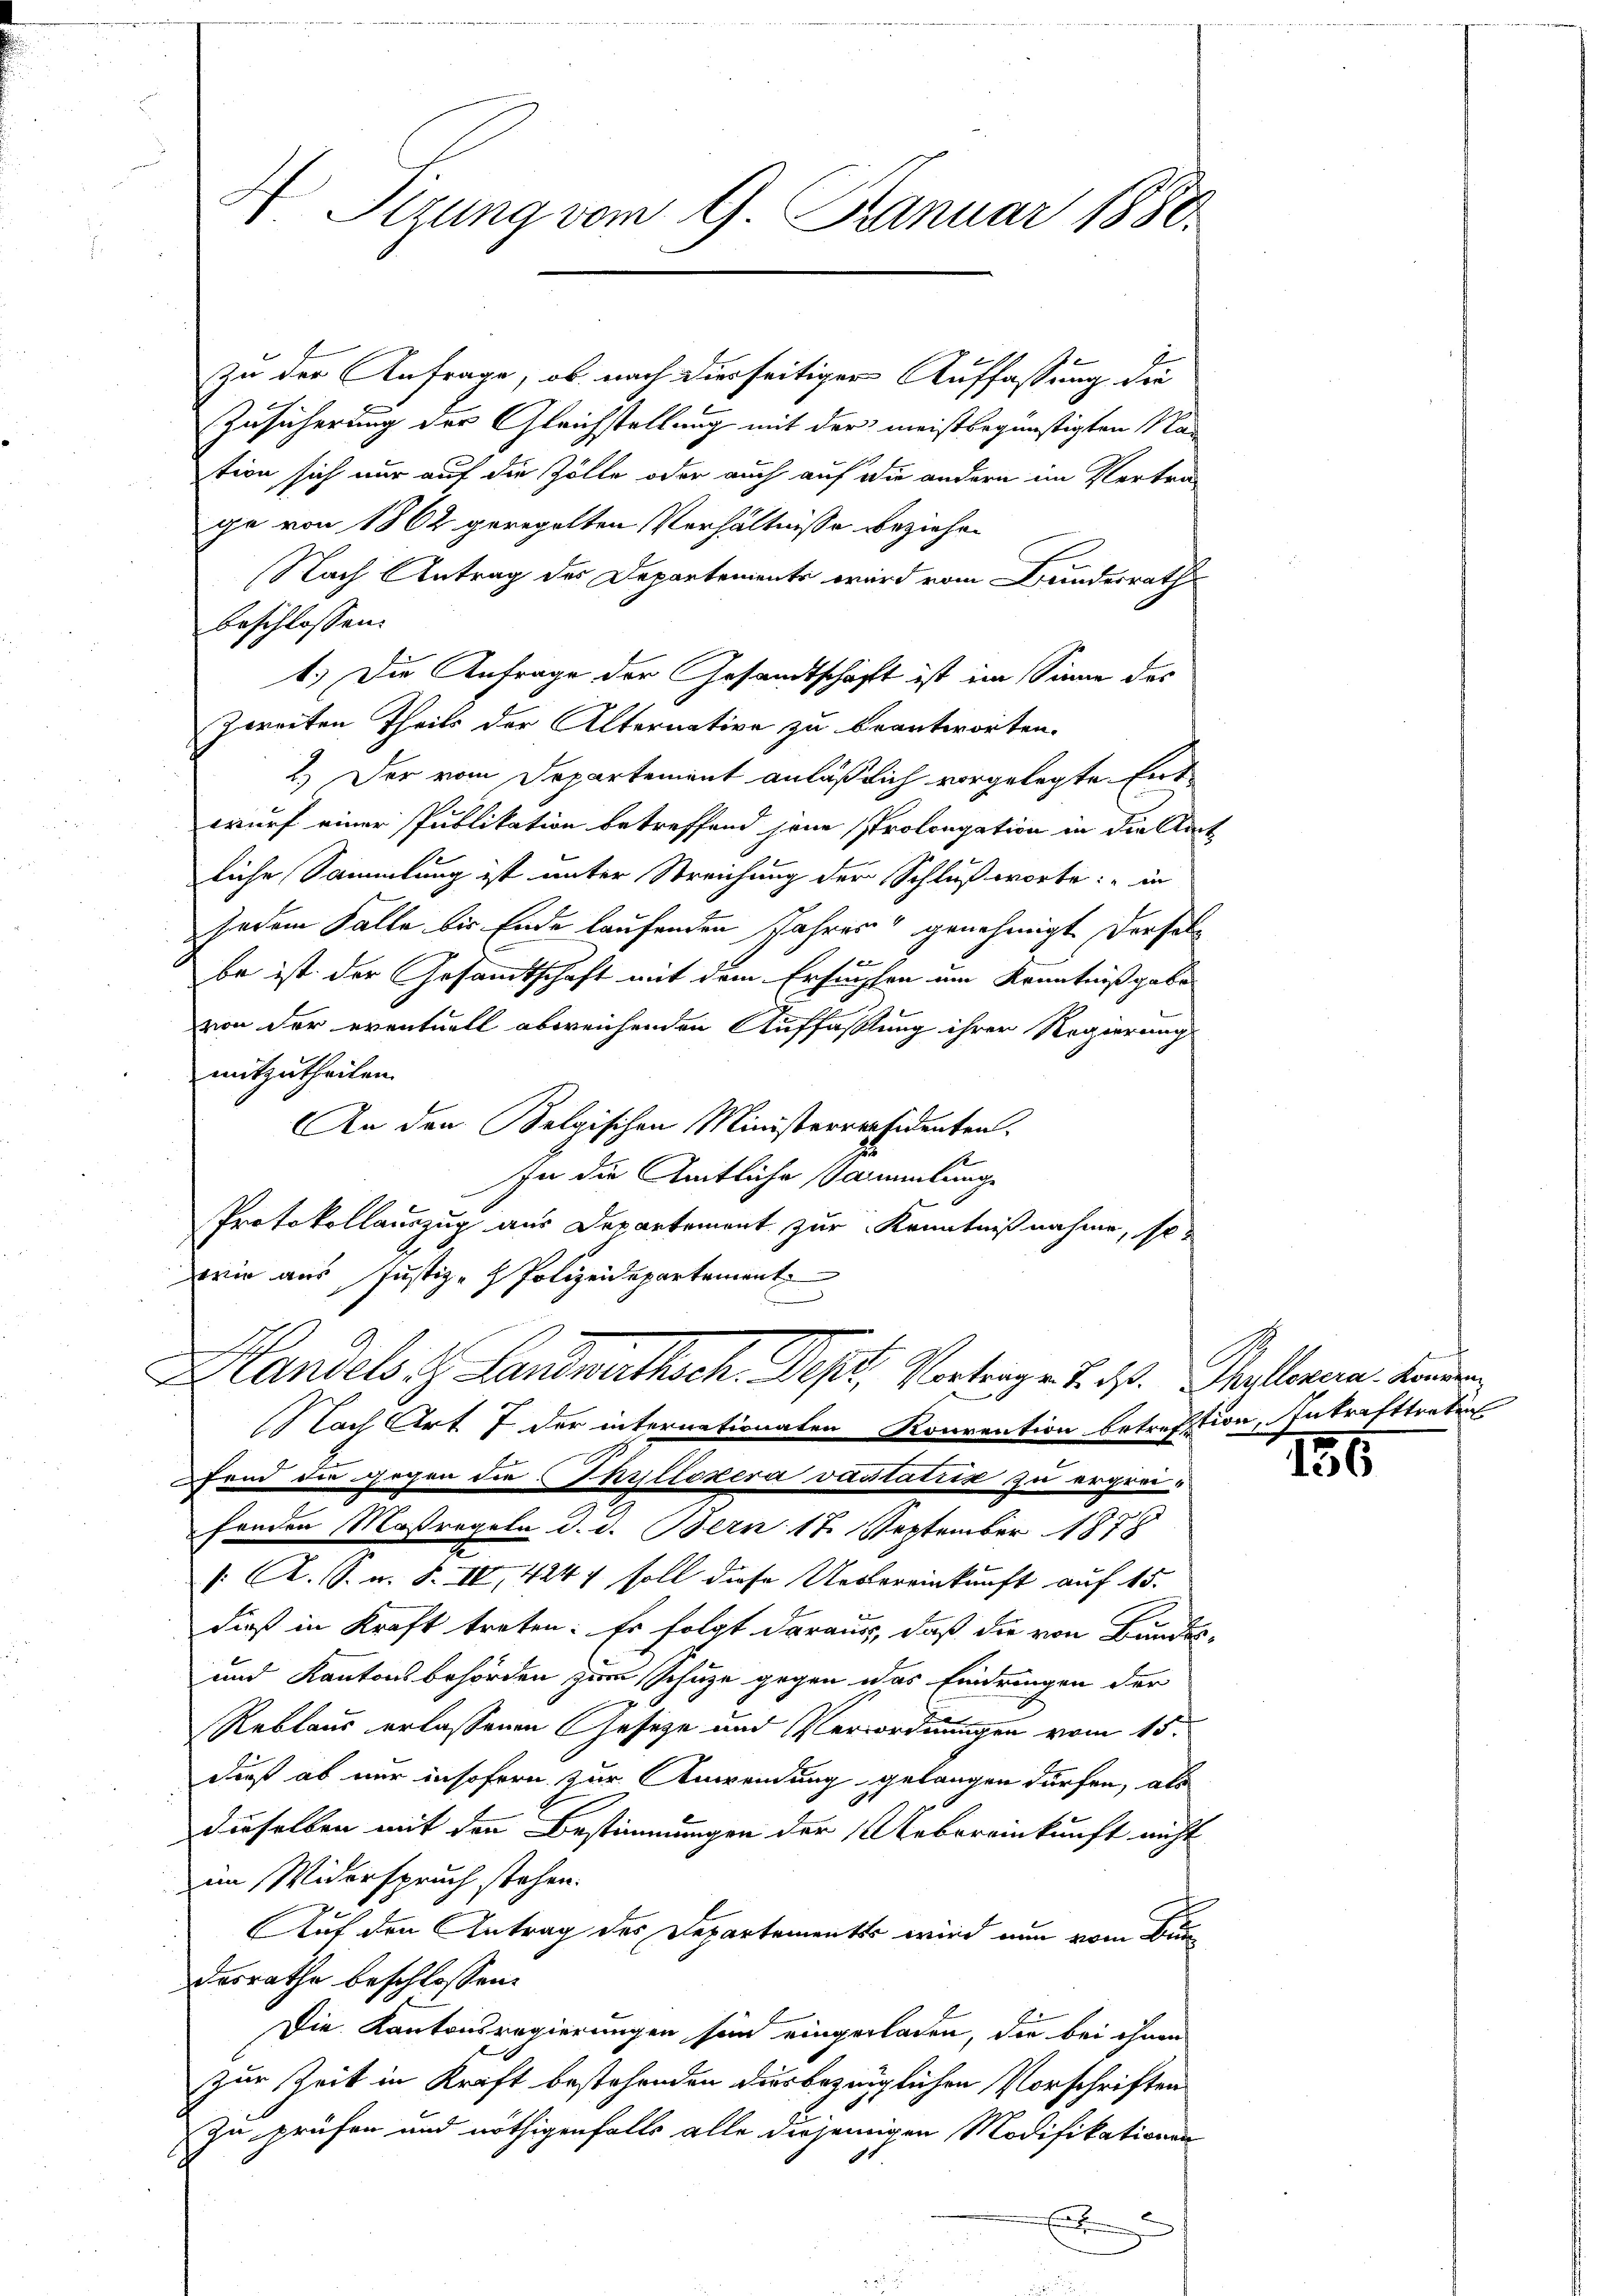
4 Sizung vom 9. Januar 1888.

zu der Anfrage, ob nach dierseitiger Auffassung die
Zusicherung der Gleichstellung mit der meistbegünstigten Nation sich nur auf die Zölle oder auch auf die andern im Vertra-
ge von 1862 geregelten Verhältnisse beziehen
Nach Antrag des Departements wird vom Bundesrath
beschlossen:
1.) Die Anfrage der Gesandtschaft ist im Sinne des
Zweiten Theils der Alternative zu beantworten.
2.) Der vom Departement anläßlich vorgelegte Entwurf einer Publikation betreffend jene Prolongation in die Amt
liche Sammlung ist unter Streichung der Schlußworte: "in
Jedem Falle bis Ende laufenden Jahres genehmigt, derselb
x
be ist der Gesamtschaft mit dem Ersuchen um Kenntnißgabe
von der eventuell abweichenden Auffassung ihrer Regierung
mitzutheilen.
An den Belgischen Ministerversidenten.
In die Amtliche Sammlunge
Protokollauszug aus Departement zur Kenntnißnahme, so
wie aus Justiz - Polizeidepartement
Handels, H. Landrathsch. Dest. Vortrage d. d. Stelleren Kinden
ach Art 7 der internationaten Konvention betrefftion, Intrafttreten
fend die gegen die Thyllozera vastatiis zu ergenfenden Maßregeln d. d. Bern 17. September 1878
/: A. S. n. F. IV, 4247 soll diese Uebereinkunft auf 15.
dieß in Kraft treten: Es folgt daraus, daß die von Bundes-
und Kantonsbehörden zum Schuze gegen das Eindringen der
Reblaus erlassenen Geseze und Verordnungen vom 15.
dieß ab nur insofern zur Anwendung gelangen dürfen, als
dieselben mit den Bestimmungen der Uebereinkunft nicht
im Widerspruch stehen.
Auf den Antrag des Departementes wird nun vom Bundesrathe beschlossen:
Die Kantonsregierungen sein eingeladen, die bei ihnen
zur Zeit in Kraft bestehenden durbezüglichen Vorschriften
Zu prüfen und nöthigenfalls alle diejenigen Modifikationen
E

156